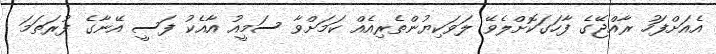
އެއަށްފަހު ރާއްޖޭގެ ފާހަގަކޮށްލެވޭ ލަވަކިޔުންތެރިއެއް ކަމަށްވާ ސަމީއު އާއެކު ފަސީ އޭނާގެ ފުރަތަމަ